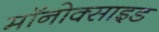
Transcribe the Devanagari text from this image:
मॉनोक्साइड